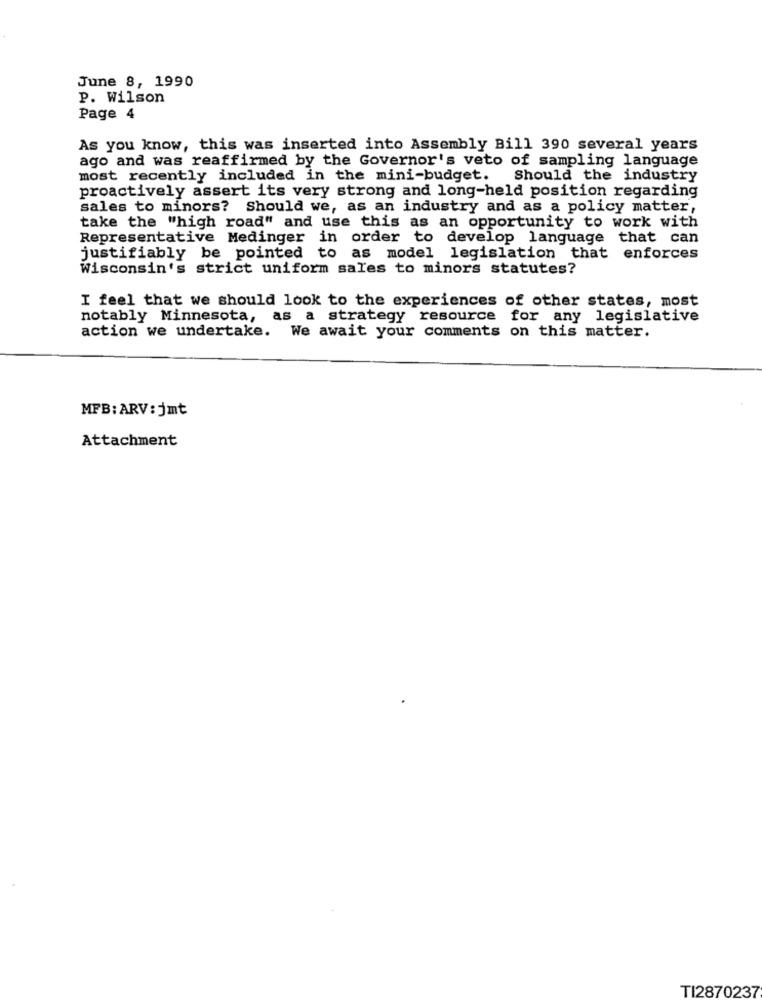
June 8, 1990
P. Wilson
Page 4
As you know, this was inserted into Assembly Bill 390 several years
ago and was reaffirmed by the Governor's veto of sampling language
most recently included in the mini-budget.
Should the industry
proactively assert its very strong and long-held position regarding
sales to minors? Should we, as an industry and as a policy matter,
take the "high road" and use this as an opportunity to work with
Representative Medinger in order to develop language that can
justifiably be pointed to as model legislation that enforces
Wisconsin's strict uniform sales to minors statutes?
I feel that we should look to the experiences of other states, most
notably Minnesota, as a strategy resource for any legislative
action we undertake. We await your comments on this matter.
MFB: ARV:jmt
Attachment
TI2870237